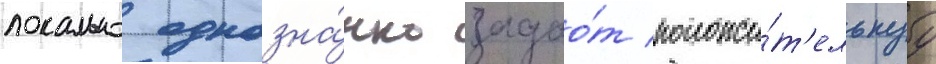
локально однозна́чно задао́т положи́т'ельнуу